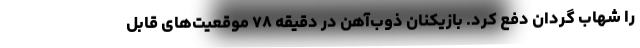
را شهاب گردان دفع کرد. بازیکنان ذوب‌آهن در دقیقه ۷۸ موقعیت‌های قابل